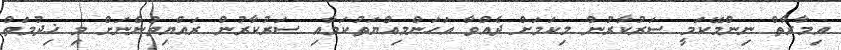
އިމާރާތް ނިންމޭކަމީ ސަރުކާރުން މިކަމަށް ދެއްވާ އަހަންމިއްޔަތުކަމާއި ސަރުކާރުން ރައްޔިތުންނަށް މި ޚިދުމަތް